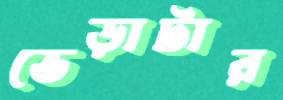
ভেড়াটার